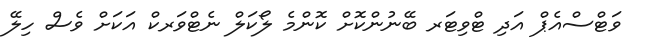
ވަޓްސްއެޕް އަދި ޓްވިޓަރ ބޭނުންކޮށް ކޮންމެ ލޯކަލް ނެޓްވަރކް އަކަށް ވެސް ހިލޭ